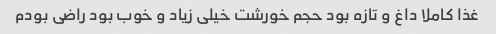
غذا کاملا داغ و تازه بود حجم خورشت خیلی زیاد و خوب بود راضی بودم